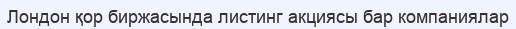
Лондон қор биржасында листинг акциясы бар компаниялар